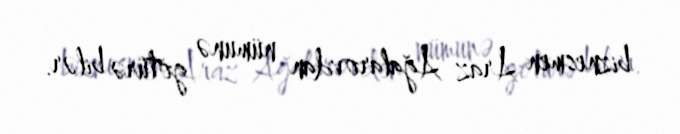
biznesmen Araz Ağalarovdan nümunə götürə bilər.